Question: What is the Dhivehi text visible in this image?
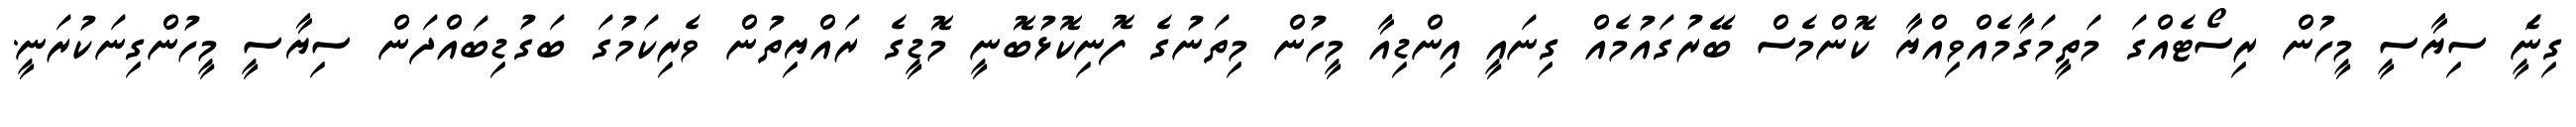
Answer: ގިނަެީ ސިޔާސީ މީހުން ރިސޯޓެއްގަ މަތީމަގާމެއްވިއްޔާ ކޮންމެސް ބޭރުގައުމެއް ގިނައީ އިންޑިއާ މީހުން މިތަނުގެ ފޮނިކޮޅުބޮނީ މޮޑީގެ ރައްޔިތުން ވެރިކަމުގަ ބަގުޑިބައްދަން ސިޔާސީ މީހުންގިނަކުރަނީ.